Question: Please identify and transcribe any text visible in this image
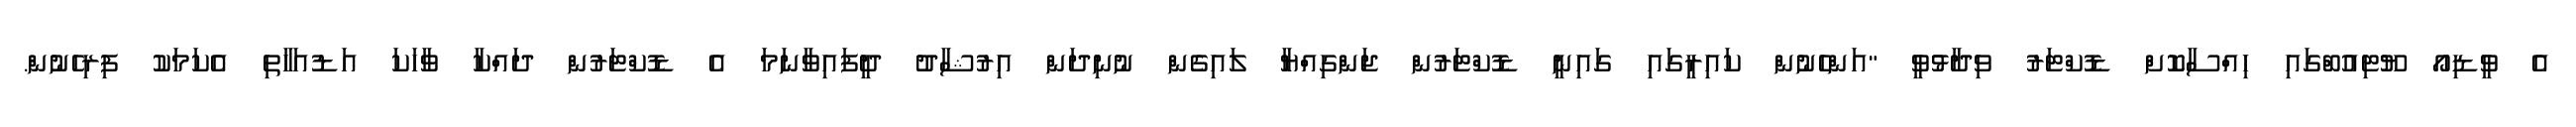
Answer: އެ ވީޑިއޯ ޔޫޓިއުބްގައި ހިއްސާކޮށް ޑޮކްޓަރު ވިދާޅުވީ "އަންހެނުން ކައިރީގައި ގައިނީ ޑޮކްޓަރުން ޖަންގިއްޔާ ލައިގެން ނުނިދަން އިރުޝާދު ދީފައިވާނަމަ އެ ޑޮކްޓަރުން ދައްކާ ވާހަކަ އަޑުއަހާތި އެކަމަކު ފިރިހެނުން.